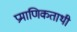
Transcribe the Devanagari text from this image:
प्रमाणिकताथी